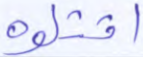
اقتلوه